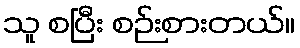
သူ စပြီး စဉ်းစားတယ်။